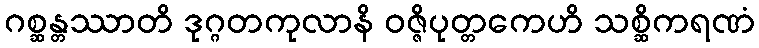
ဂစ္ဆန္တဿာတိ ဒုဂ္ဂတကုလာနိ ဝဇ္ဇိပုတ္တကေဟိ သစ္ဆိကရဏံ